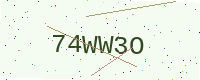
Text: 74WW3O